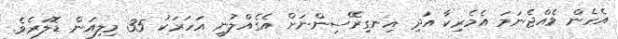
އެހެން ވެއްޖެނަމަ އެމެރިކާ އަދި އިނގިރޭސިންނަށް އެގެއްލުނީ އަހަރަކު 35 މިލިއަން ޑޮލަރެވެ.